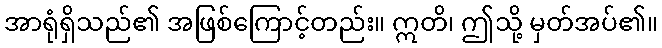
အာရုံရှိသည်၏ အဖြစ်ကြောင့်တည်း။ ဣတိ၊ ဤသို့ မှတ်အပ်၏။